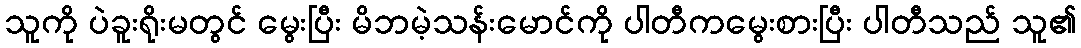
သူကို ပဲခူးရိုးမတွင် မွေးပြီး မိဘမဲ့သန်းမောင်ကို ပါတီကမွေးစားပြီး ပါတီသည် သူ၏